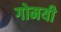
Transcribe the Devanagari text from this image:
गोमयी